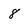
Character: 8